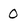
Character: O